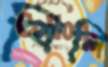
বিলি